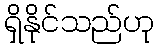
ရှိနိုင်သည်ဟု